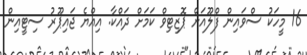
16 މީހަކު ސްވައިން ފްލޫއަށް ޕޮޒިޓިވް ކަމަށް ދައްކާ. އިއްޔެ ޖައިޕޫރު ސިޓީއިން